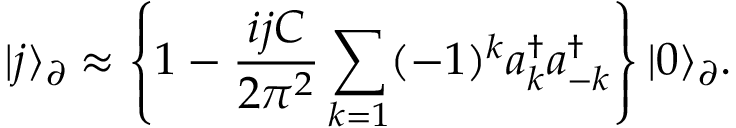
| j \rangle _ { \partial } \approx \left\lbrace 1 - \frac { i j C } { 2 \pi ^ { 2 } } \sum _ { k = 1 } ( - 1 ) ^ { k } a _ { k } ^ { \dagger } a _ { - k } ^ { \dagger } \right\rbrace | 0 \rangle _ { \partial } .